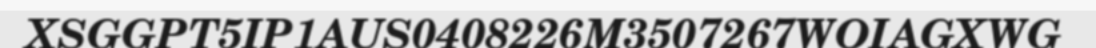
XSGGPT5IP1AUS0408226M3507267WOIAGXWG